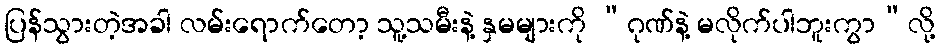
ပြန်သွားတဲ့အခါ လမ်းရောက်တော့ သူ့သမီးနဲ့ နှမများကို “ဂုဏ်နဲ့ မလိုက်ပါဘူးကွာ”လို့